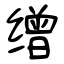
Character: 缯